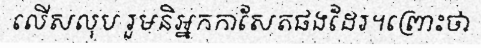
លើសលុប រួមនិអ្នកកាសែតផងដែរ។ព្រោះថា